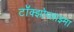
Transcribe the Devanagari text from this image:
टॉक्झोप्लाझ्मा